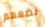
نضعهم